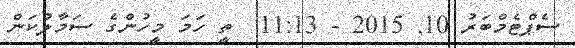
ސެޕްޓެމްބަރު 10